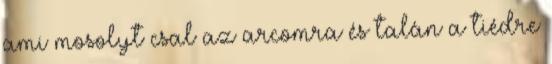
ami mosolyt csal az arcomra és talán a tiédre